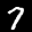
Label: 7